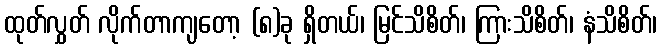
ထုတ်လွှတ် လိုက်တာကျတော့ (၈)ခု ရှိတယ်၊ မြင်သိစိတ်၊ ကြားသိစိတ်၊ နံသိစိတ်၊